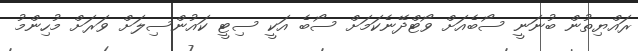
ރައްޔިތުން ބުނަނީ ސޯބެއަށް ވޯޓްދޭނެކަމަށް ސޯބެ އަކީ ސިޓީ ކައުންސިލަށް ވަރަށް މުހިންމު